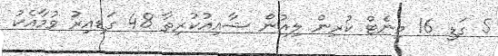
5 ގަޑި 16 މިނެޓް ކުރިން ލިއުން ޝާއިއުކުރިތާ 48 ގަޑިއިރު ވުމާއެކު